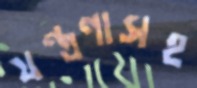
যন্ত্রণাসহ